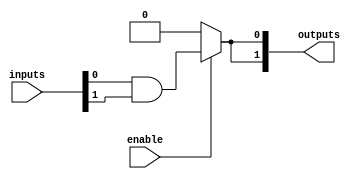
module jewel_pal (
    input wire [N-1:0] inputs,  // N-bit input vector
    input wire enable,           // Optional enable signal
    output wire [M-1:0] outputs  // M-bit output vector
);

parameter N = 4; // Number of inputs
parameter M = 2; // Number of outputs
parameter P = 4; // Number of programmable AND gates

// Internal signals for the AND gate outputs
wire [P-1:0] and_out;

// Define the programmable AND array
generate
    genvar i;
    for (i = 0; i < P; i = i + 1) begin : and_array
        // Each AND gate can be configured based on programming signals
        // For example, assuming a configuration array where each entry
        // defines the inputs for that particular AND gate.
        // A simple example of a configuration might be as follows (this
        // can be modified according to actual requirements):

        // Programmable connections (you can change these values based on your requirements)
        // Each AND gate can take a different combination of inputs
        assign and_out[i] = (enable) ? (inputs[0] & inputs[1]) : 1'b0; // Example logic
        // You can expand this to make it programmable by using an external configuration signal
    end
endgenerate

// Fixed OR array
assign outputs[0] = and_out[0] | and_out[1]; // First output is OR of first two AND gates
assign outputs[1] = and_out[2] | and_out[3]; // Second output is OR of last two AND gates

endmodule